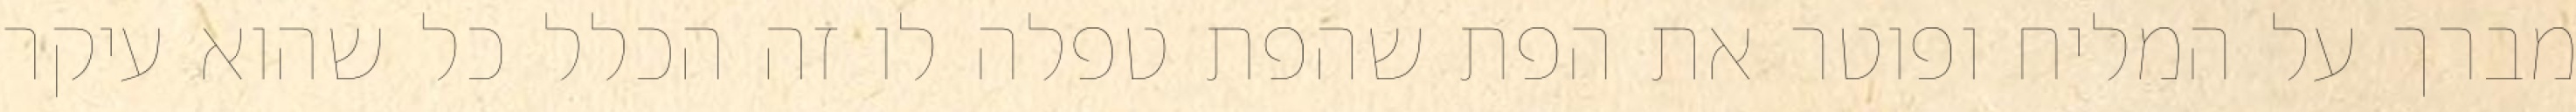
מברך על המליח ופוטר את הפת שהפת טפלה לו זה הכלל כל שהוא עיקר